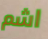
اشم